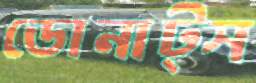
ডোনাট্স